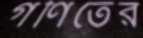
গণিতের